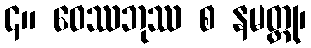
၄။ ဝေဿဘုဿ စ နမတ္ထု၊